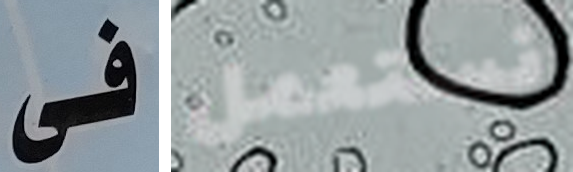
فى نستعمل